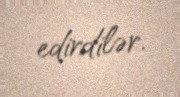
edirdilər.